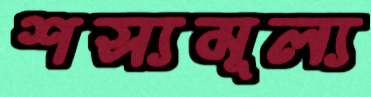
শস্যমূল্য